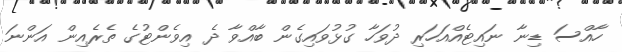
ހާއްސަ ޑިނާ ނައިޓެއްއަހަރި ދުވަހާ ގުޅުވައިގެން ބާއްވާ ދެ އިވެންޓުގެ ތެރެއިން އަންނަ